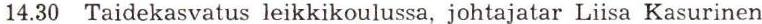
14.30 Taidekasvatus leikkikoulussa, johtajatar Liisa Kasurinen